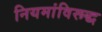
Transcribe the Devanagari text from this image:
नियमांविरूद्ध